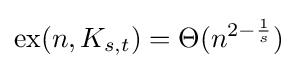
\operatorname {ex} (n,K_{s,t})=\Theta (n^{2-{\frac {1}{s}}})